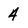
Character: 4